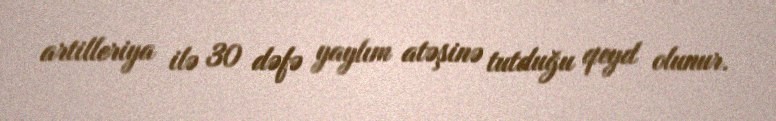
artilleriya ilə 30 dəfə yaylım atəşinə tutduğu qeyd olunur.